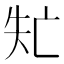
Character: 𠅐